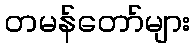
တမန်တော်များ